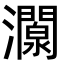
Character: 灁